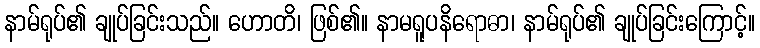
နာမ်ရုပ်၏ ချုပ်ခြင်းသည်။ ဟောတိ၊ ဖြစ်၏။ နာမရူပနိရောဓာ၊ နာမ်ရုပ်၏ ချုပ်ခြင်းကြောင့်။